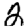
Digit: 2